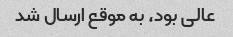
عالی بود، به موقع ارسال شد